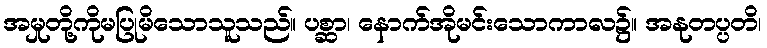
အမှုတို့ကိုမပြုမိသောသူသည်။ ပစ္ဆာ၊ နောက်အိုမင်းသောကာလ၌။ အနုတပ္ပတိ၊